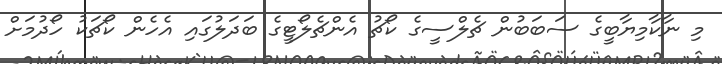
މި ނާކާމިޔާބީގެ ސަބަބުން ޗެލްސީގެ ކޯޗު އެންޗެލޯޓީގެ ބަދަލުގައި އެހެން ކޯޗަކު ހޯދުމަށް